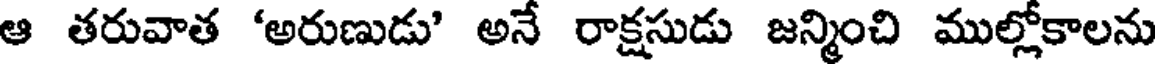
ఆ తరువాత 'అరుణుడు' అనే రాక్షసుడు జన్మించి ముల్లోకాలను